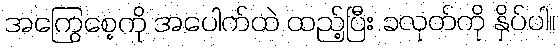
အကြွေစေ့ကို အပေါက်ထဲ ထည့်ပြီး ခလုတ်ကို နှိပ်ပါ။